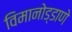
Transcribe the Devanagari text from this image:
विमानोड्डाणे